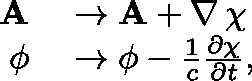
\begin{array} { r l } { \mathbf { A } } & { { } \to \mathbf { A } + \nabla \, \chi } \\ { \mathbf { \phi } } & { { } \to \mathbf { \phi } - \frac { 1 } { c } \frac { \partial \chi } { \partial t } , } \end{array}